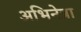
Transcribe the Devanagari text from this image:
अभिनेत्रा